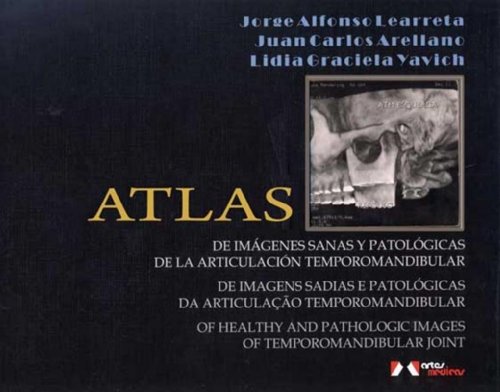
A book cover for Atlas: Of Healthy and Pathologic Images of Temporomandibular Joint; Learreta; Medical Books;